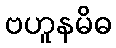
ဗဟူနမိဓ